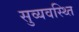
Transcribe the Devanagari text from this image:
सुव्यवस्थ्ति